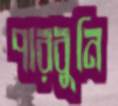
পারবুনি